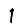
Digit: 1